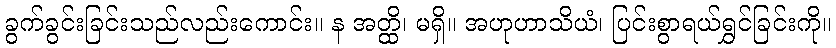
ခွက်ခွင်းခြင်းသည်လည်းကောင်း။ န အတ္ထိ၊ မရှိ။ အဟုဟာသိယံ၊ ပြင်းစွာရယ်ရွှင်ခြင်းကို။